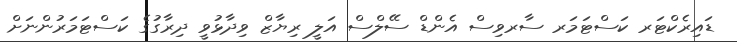
ޑައިރެކްޓަރ ކަސްޓަމަރ ސާރވިސް އެންޑް ސޭލްސް އަލީ ރިޔާޒް ވިދާޅުވީ ދިރާގުގެ ކަސްޓަމަރުންނަށް